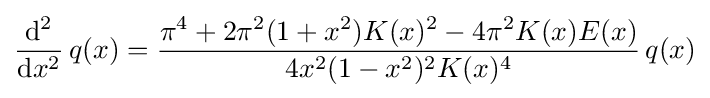
{\frac {\mathrm {d} ^{2}}{\mathrm {d} x^{2}}}\,q(x)={\frac {\pi ^{4}+2\pi ^{2}(1+x^{2})K(x)^{2}-4\pi ^{2}K(x)E(x)}{4x^{2}(1-x^{2})^{2}K(x)^{4}}}\,q(x)